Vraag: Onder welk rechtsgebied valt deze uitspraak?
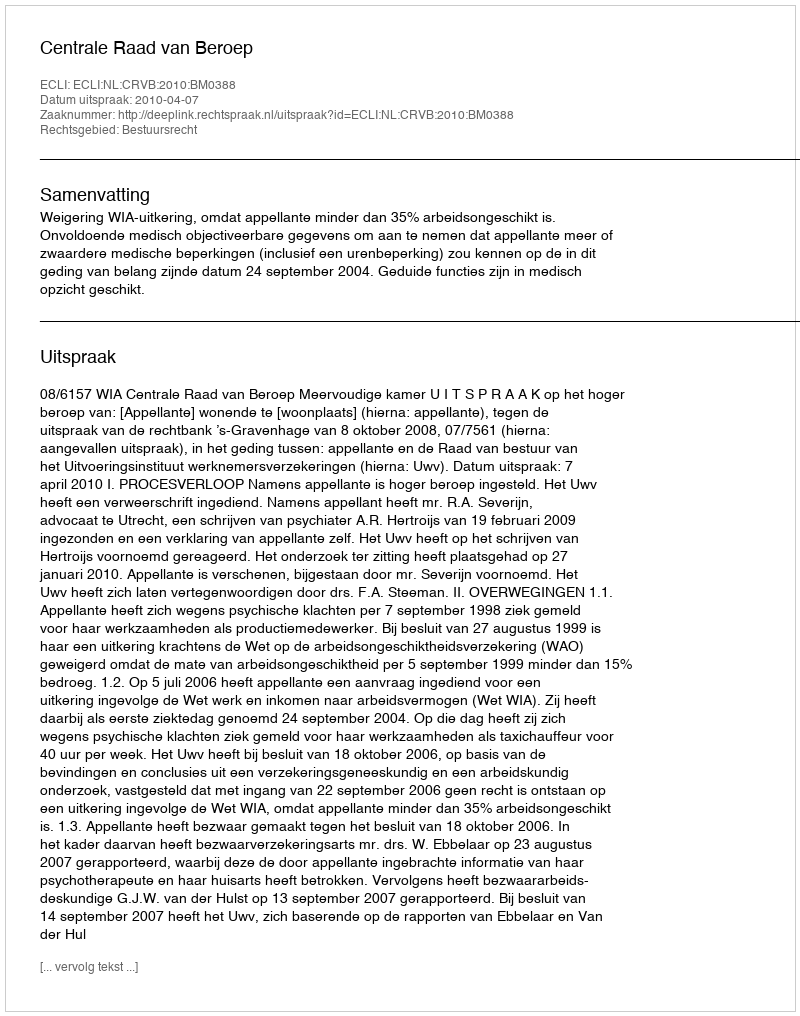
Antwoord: Bestuursrecht